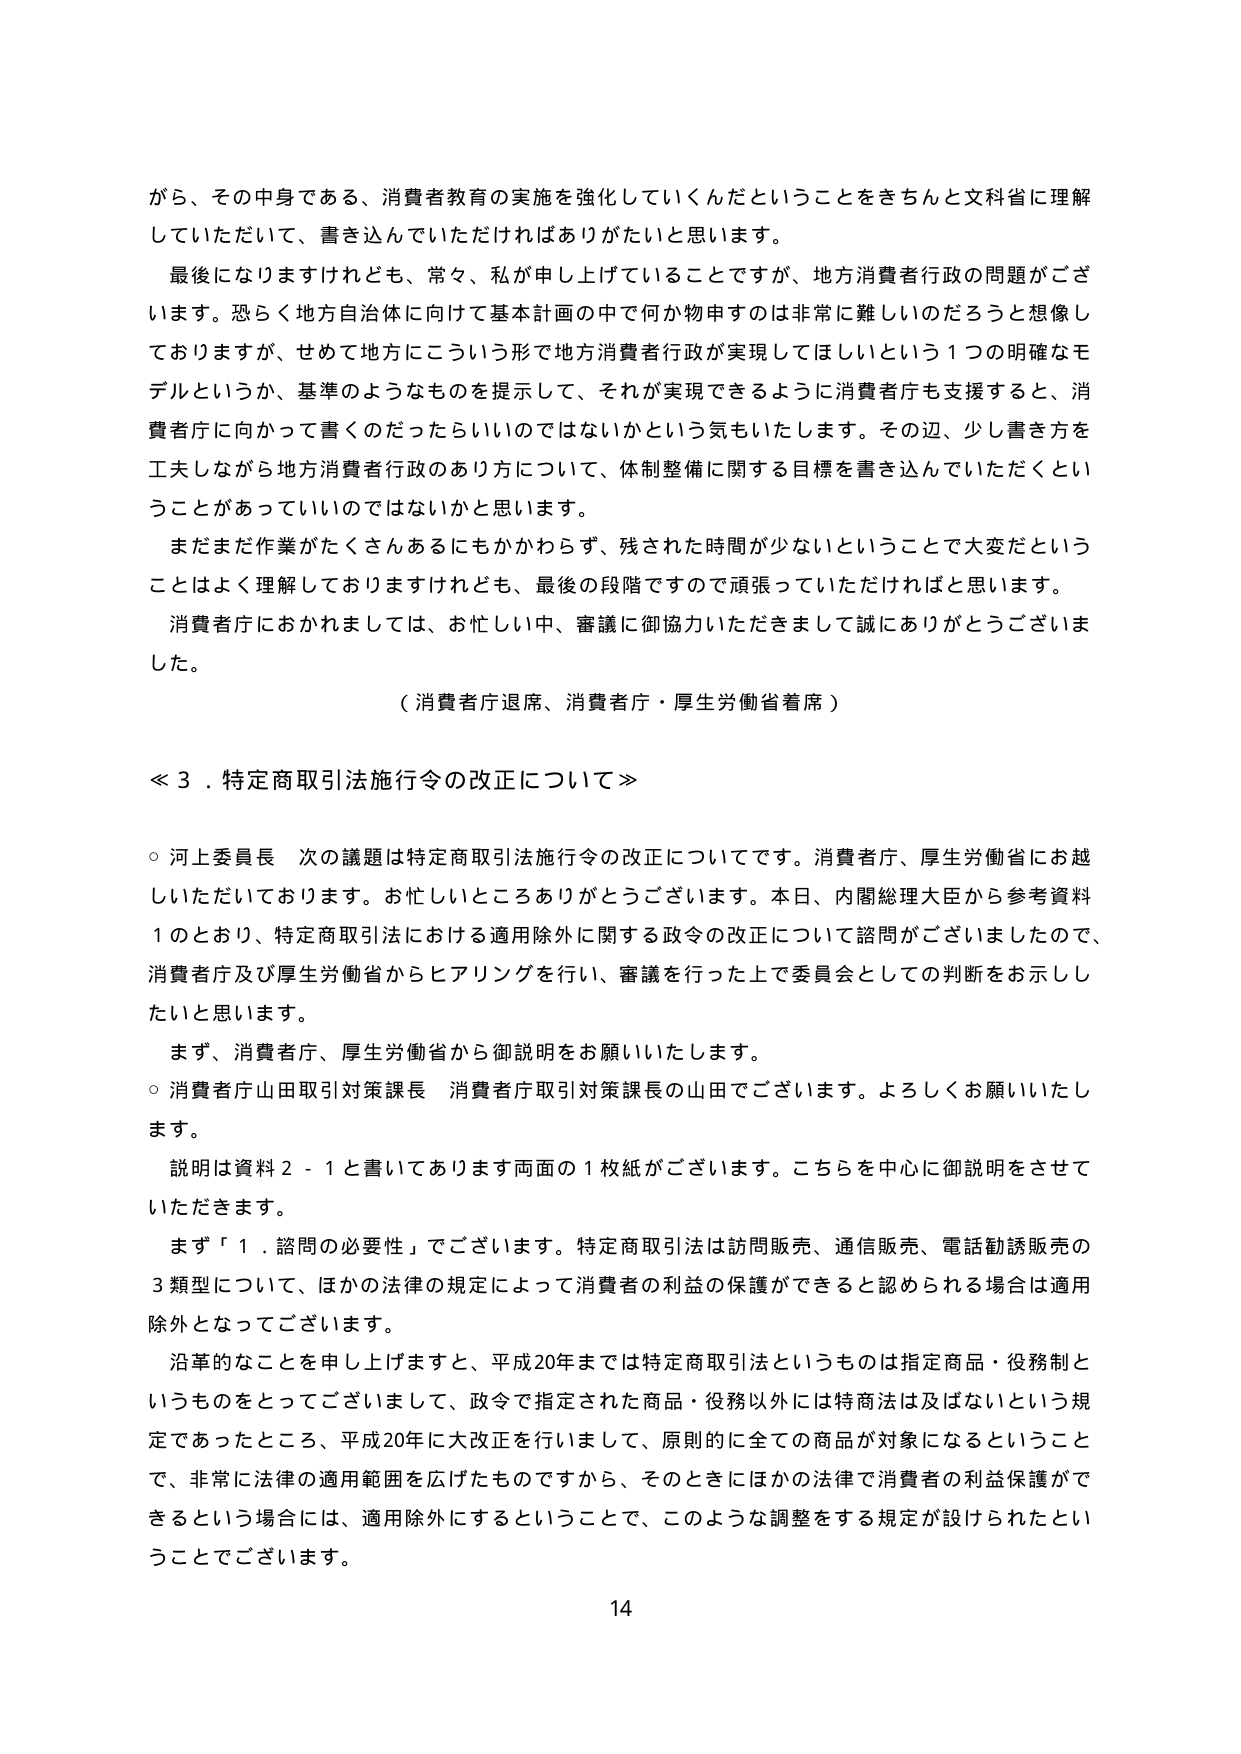
がら、その中身である、消費者教育の実施を強化していくんだということをきちんと文科省に理解していただいて、書き込んでいただければありがたいと思います。

最後になりますけれども、常々、私が申し上げていることですが、地方消費者行政の問題がございます。恐らく地方自治体に向けて基本計画の中で何か物申すのは非常に難しいのだろうと想像しておりますが、せめて地方にこういう形で地方消費者行政が実現してほしいという1つの明確なモデルというか、基準のようなものを提示して、それが実現できるように消費者庁も支援すると、消費者庁に向かって書くのだったらいいのではないかという気もいたします。その辺、少し書き方を工夫しながら地方消費者行政のあり方について、体制整備に関する目標を書き込んでいただくということがあっていいのではないでしょうかと思います。

まだまだ作業がたくさんあるにもかかわらず、残された時間が少ないということで大変だということはよく理解しておりますけれども、最後の段階ですので頑張っていただければと思います。

消費者庁におかれましては、お忙しい中、審議に御協力いただきまして誠にありがとうございます。

（消費者庁退席、消費者庁・厚生労働省着席）

≪３．特定商取引法施行令の改正について≫

○ 河上委員長 次の議題は特定商取引法施行令の改正についてです。消費者庁、厚生労働省にお越しいただいております。お忙しいところありがとうございます。本日、内閣総理大臣から参考資料1のとおり、特定商取引法における適用除外に関する政令の改正について諮問がございましたので、消費者庁及び厚生労働省からヒアリングを行い、審議を行った上で委員会としての判断をお示ししたいと思います。

まず、消費者庁、厚生労働省から御説明をお願いいたします。

○ 消費者庁山田取引対策課長 消費者庁取引対策課長の山田でございます。よろしくお願いいたします。

説明は資料2-1と書いてあります両面の1枚紙がございます。こちらを中心に御説明をさせていただきます。

まず「1．諮問の必要性」でございます。特定商取引法は訪問販売、通信販売、電話勧誘販売の3類型について、ほかの法律の規定によって消費者の利益の保護ができると認められる場合は適用除外となってございます。

沿革のなことを申し上げますと、平成20年までは特定商取引法というものは指定商品・役務制というものをしてございましたので、政令で指定された商品・役務以外には特商法は及ばないという規定であったところ、平成20年に大改正を行いまして、原則的に全ての商品が対象になるということで、非常に法律の適用範囲を広げたものですから、そのときにはほかの法律で消費者の利益保護ができるという場合には、適用除外にするということで、このような調整をする規定が設けられたということでございます。

14